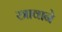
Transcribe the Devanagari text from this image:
स्त्रावाने